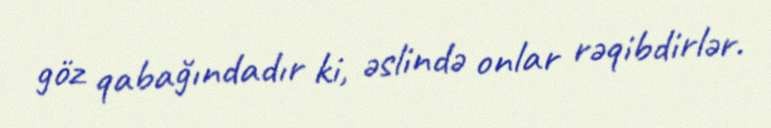
göz qabağındadır ki, əslində onlar rəqibdirlər.